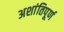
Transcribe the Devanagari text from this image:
अशांतिपूर्ण